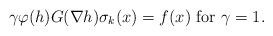
LaTeX: \begin{align*}\gamma\varphi(h)G(\nabla h)\sigma_{k}(x)=f(x)\ {\rm for} \ \gamma=1.\end{align*}